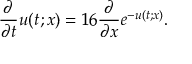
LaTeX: \frac { \partial } { \partial t } u ( t ; x ) = 1 6 \frac { \partial } { \partial x } e ^ { - u ( t ; x ) } .